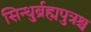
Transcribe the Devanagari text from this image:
सिन्धुर्ब्रह्मपुत्रश्च